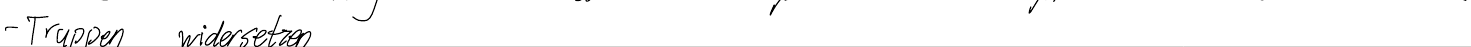
- Truppen widersetzen